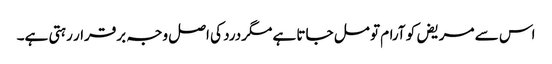
اس سے مریض کو آرام تو مل جاتا ہے مگردرد کی اصل وجہ برقرار رہتی ہے۔